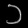
Digit: ၁